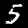
Label: 5